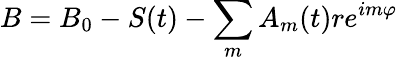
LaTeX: B=B_{0}-S(t)-\sum_{m}A_{m}(t)re^{im\varphi}